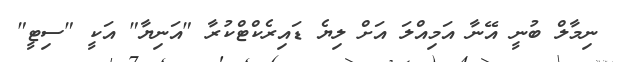
ނިމާލް ބުނީ އޭނާ އަމިއްލަ އަށް ލިޔެ ޑައިރެކްޓްކުރާ "އަނިޔާ" އަކީ "ސިޓީ"